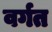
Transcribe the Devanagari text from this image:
वर्गत